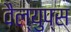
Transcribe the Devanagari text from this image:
वैल्युप्स